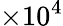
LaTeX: \times 10^{4}